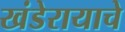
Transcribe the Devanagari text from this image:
खंडेरायाचे